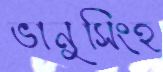
ভানুসিংহ